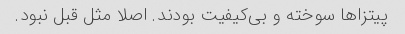
پیتزاها سوخته و بی‌کیفیت بودند. اصلا مثل قبل نبود.